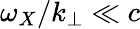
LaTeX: \omega_{X}/k_{\perp}\ll c